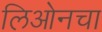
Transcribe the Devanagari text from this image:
लिओनचा